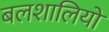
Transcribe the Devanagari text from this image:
बलशालियों